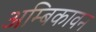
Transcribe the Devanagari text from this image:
अम्बिकावन